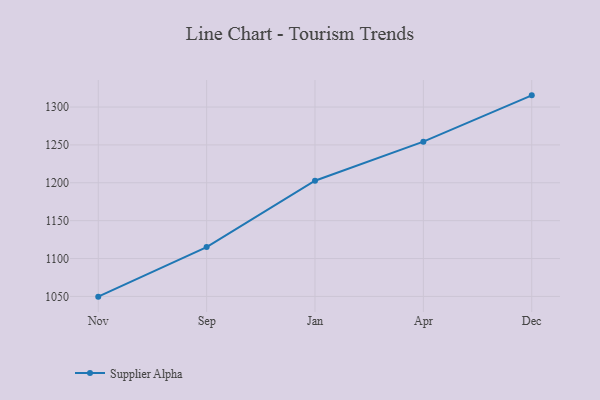
{"axis": {"x": "Month", "y": "Temperature (°C)"}, "legend": ["Supplier Alpha"], "data": [{"x": "Nov", "y": 1049.7, "type": "Supplier Alpha"}, {"x": "Sep", "y": 1115.1, "type": "Supplier Alpha"}, {"x": "Jan", "y": 1202.7, "type": "Supplier Alpha"}, {"x": "Apr", "y": 1254.3, "type": "Supplier Alpha"}, {"x": "Dec", "y": 1315.4, "type": "Supplier Alpha"}]}